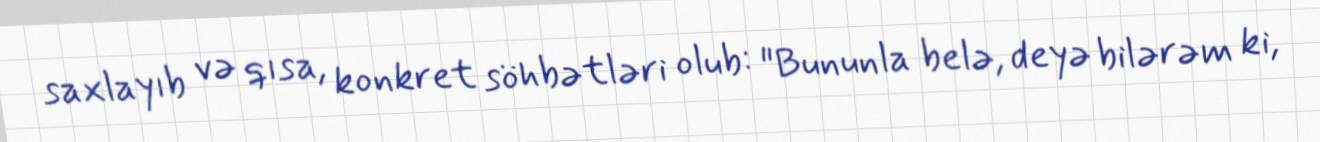
saxlayıb və qısa, konkret söhbətləri olub: "Bununla belə, deyə bilərəm ki,